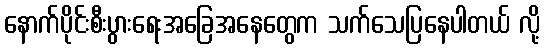
နောက်ပိုင်းစီးပွားရေးအခြေအနေတွေက သက်သေပြနေပါတယ် လို့